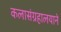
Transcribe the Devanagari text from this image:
कलासंग्रहालयाने